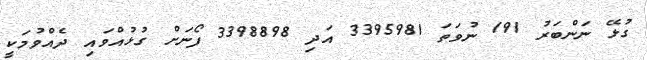
ގުޅޭ ނަންބަރު 191 ނުވަތަ 3395981 އަދި 3398898 ފޯނަށް ގުޅުއްވައި ދެއްވުމަކީ